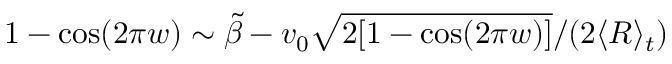
1 - \cos ( 2 \pi w ) \sim \tilde { \beta } - v _ { 0 } \sqrt { 2 [ 1 - \cos ( 2 \pi w ) ] } / ( 2 \langle R \rangle _ { t } )